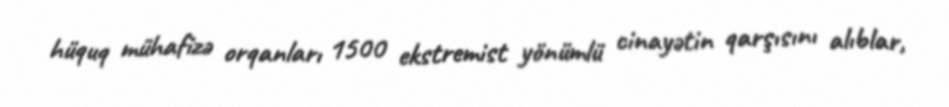
hüquq mühafizə orqanları 1500 ekstremist yönümlü cinayətin qarşısını alıblar,